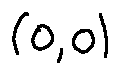
( 0 , 0 )